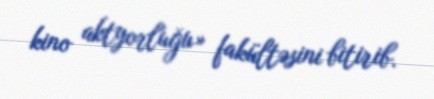
kino aktyorluğu» fakültəsini bitirib.